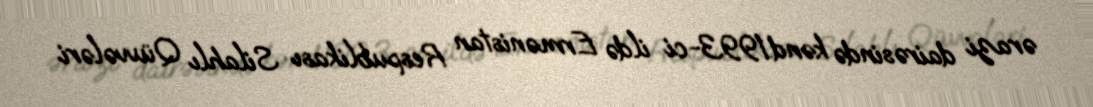
ərazi dairəsində kənd.1993-ci ildə Ermənistan Respublikası Silahlı Qüvvələri